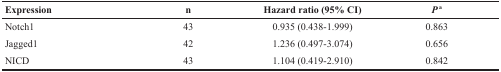
| Expression | n | Hazard ratio (95% CI) | Pa |
 | --- | --- | --- | --- |
 | Notch1 | 43 | 0.935 (0.438-1.999) | 0.863 |
 | Jagged1 | 42 | 1.236 (0.497-3.074) | 0.656 |
 | NICD | 43 | 1.104 (0.419-2.910) | 0.842 |